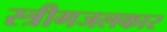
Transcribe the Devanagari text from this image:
स्त्रीगजलकार